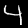
Label: 4